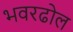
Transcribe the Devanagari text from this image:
भवरढोल